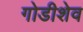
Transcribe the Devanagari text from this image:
गोडीशेव